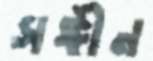
সঙ্গীন